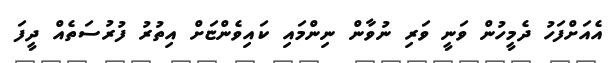
އެއަށްފަހު ދެމީހުން ވަނީ ވަރި ނުވާން ނިންމައި ކައިވެންޏަށް އިތުރު ފުރުސަތެއް ދީފަ